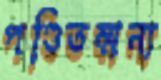
পণ্ডিতম্মন্য